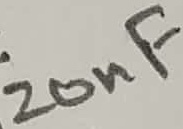
Text: 20nF